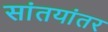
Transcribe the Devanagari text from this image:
सांतयांतर